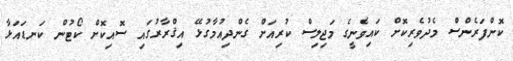
ކޮންފަރެންސް މެދުވެރިކޮށް ކައިވެނީގެ މަޖިލިސް ކުރިއަށް ގެންދިއުމާގުޅޭ އިޤްރާރުގައި ސޮއިކޮށް ކޯޓުން ކަނޑައަޅާ